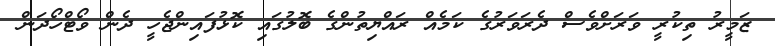
ޒަމީރު ތިކުރީ ވަރަށްވެސް ދެރަވަރުގެ ކަމެއް ރައްޔިތުންގެ ބޮލުގައި ކޮޅުފައިންޖެހީ ދެން ވޯޓްހޯދަން